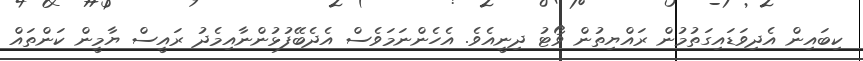
ކިބައިން އެދިވަޑައިގަތުމުން ރައްޔިތުން ވޯޓު ދިނީއެވެ. އެހެންނަމަވެސް އެދެބޭފުޅުންނާއިމެދު ރައީސް ޔާމީން ކަންތައް